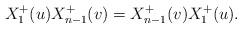
LaTeX: \begin{align*}X_{1}^{+}(u)X_{n-1}^{+}(v)=X_{n-1}^{+}(v)X_{1}^{+}(u).\end{align*}